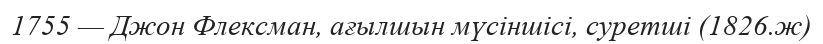
1755 — Джон Флексман, ағылшын мүсіншісі, суретші (1826.ж)